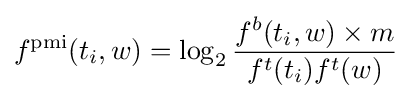
f^{\text{pmi}}(t_{i},w)=\log _{2}{\frac {f^{b}(t_{i},w)\times m}{f^{t}(t_{i})f^{t}(w)}}